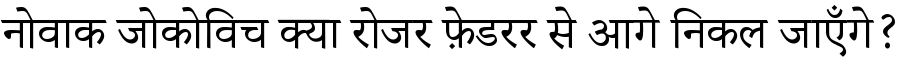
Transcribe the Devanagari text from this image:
नोवाक जोकोविच क्या रोजर फ़ेडरर से आगे निकल जाएँगे?